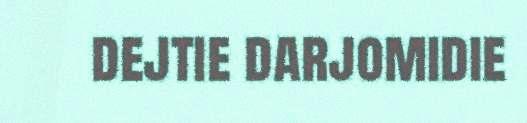
dejtie darjomidie